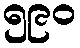
၅၉၀